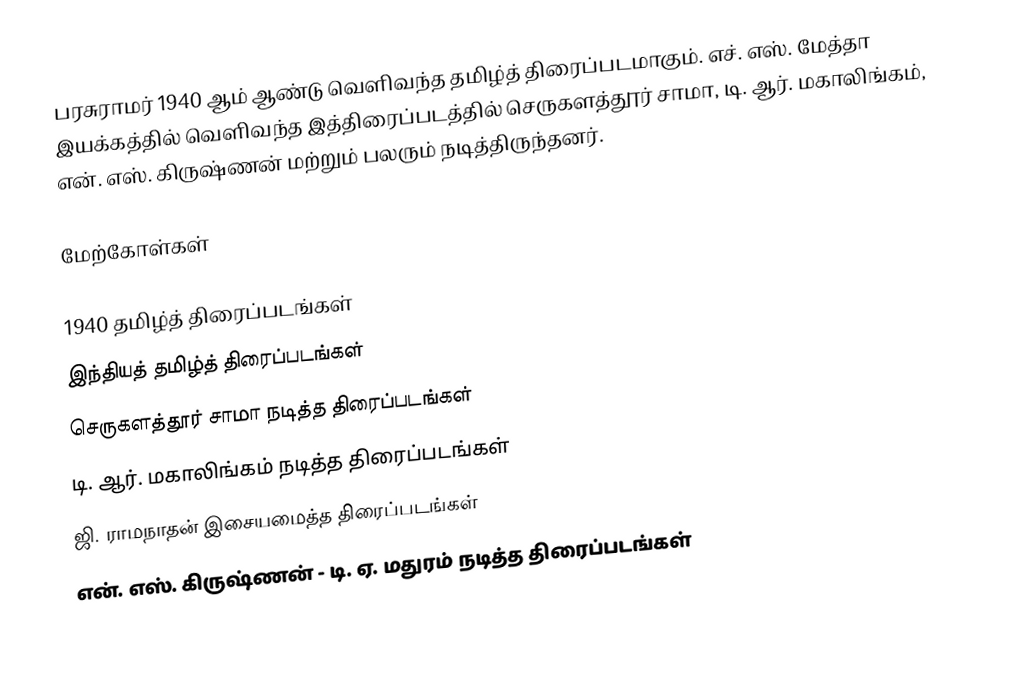
பரசுராமர் 1940 ஆம் ஆண்டு வெளிவந்த தமிழ்த் திரைப்படமாகும். எச். எஸ். மேத்தா இயக்கத்தில் வெளிவந்த இத்திரைப்படத்தில் செருகளத்தூர் சாமா, டி. ஆர். மகாலிங்கம், என். எஸ். கிருஷ்ணன் மற்றும் பலரும் நடித்திருந்தனர்.

மேற்கோள்கள்

1940 தமிழ்த் திரைப்படங்கள்
இந்தியத் தமிழ்த் திரைப்படங்கள்
செருகளத்தூர் சாமா நடித்த திரைப்படங்கள்
டி. ஆர். மகாலிங்கம் நடித்த திரைப்படங்கள்
ஜி. ராமநாதன் இசையமைத்த திரைப்படங்கள்
என். எஸ். கிருஷ்ணன் - டி. ஏ. மதுரம் நடித்த திரைப்படங்கள்